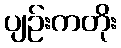
ပျဉ်းကတိုး